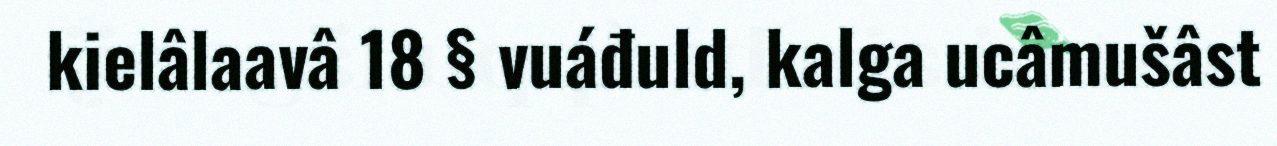
kielâlaavâ 18 § vuáđuld, kalga ucâmušâst